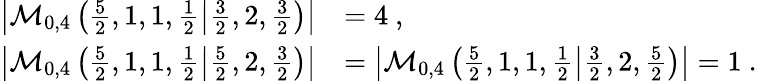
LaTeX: \begin{array}{rl}{\left|\mathcal{M}_{0,4}\left(\frac 52,1,1,\frac 12\middle|\frac 32,2,\frac 32\right)\right|}&{=4\ ,}\\ {\left|\mathcal{M}_{0,4}\left(\frac 52,1,1,\frac 12\middle|\frac 52,2,\frac 32\right)\right|}&{=\left|\mathcal{M}_{0,4}\left(\frac 52,1,1,\frac 12\middle|\frac 32,2,\frac 52\right)\right|=1\ .}\end{array}